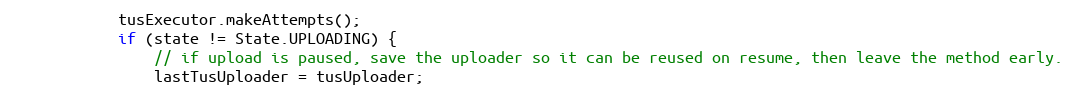
Language: Java
            tusExecutor.makeAttempts();
            if (state != State.UPLOADING) {
                // if upload is paused, save the uploader so it can be reused on resume, then leave the method early.
                lastTusUploader = tusUploader;